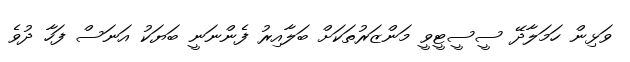
ވަޅިން ހަމަލާދޭ ސީސީޓީވީ މަންޒަރުތަކަށް ބަލާއިރު ފެންނަނީ ބަޔަކު އަނަސް ފަހާ ދުވެ